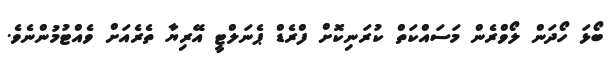
ބޯޅަ ހޯދަން ލޯވްރެން މަސައްކަތް ކުރަނިކޮށް ފްރެޑް ޕެނަލްޓީ އޭރިޔާ ތެރެއަށް ވެއްޓުމުންނެވެ.